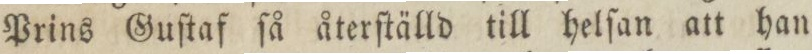
Prins Guſtaf ſå återſtälld till helſan att han